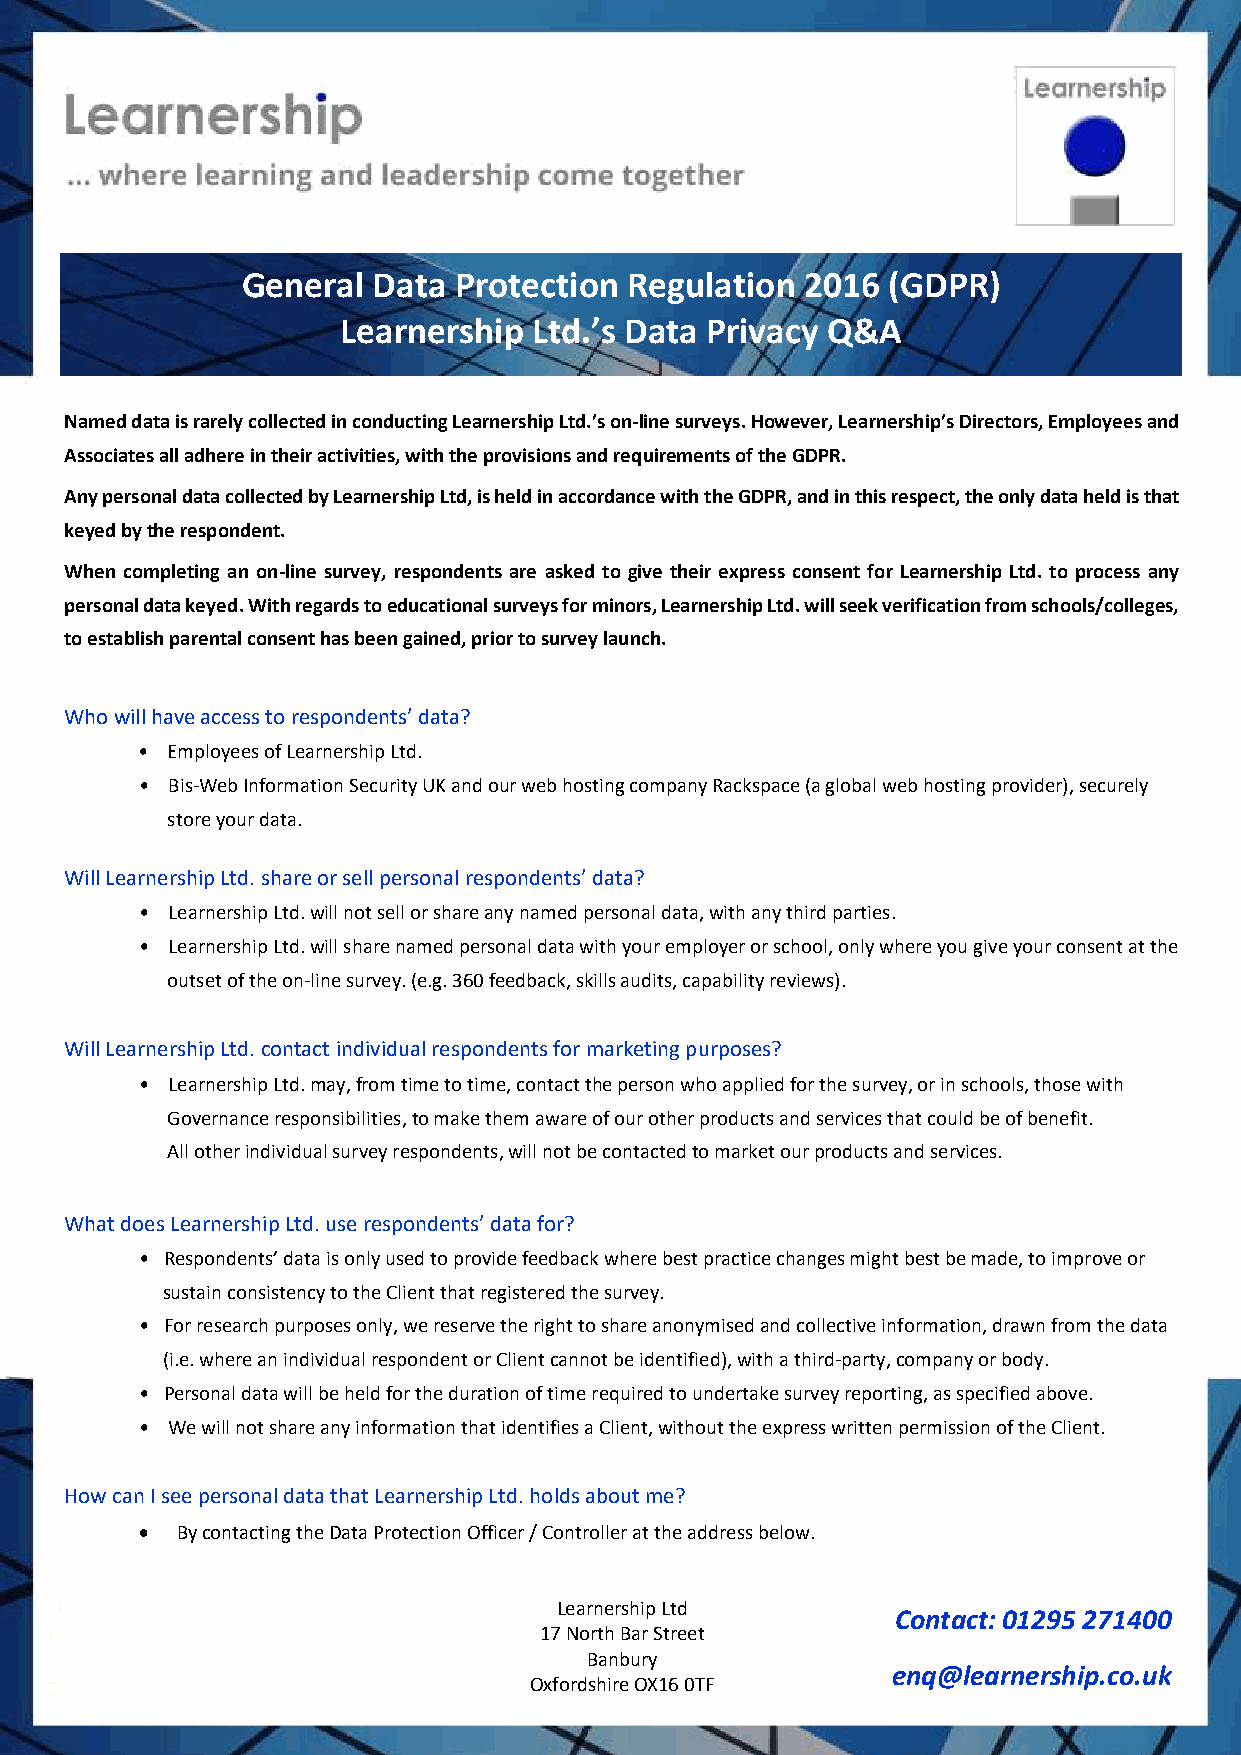
General  Data Protection  Regulation 2016  (GDPR)
 Learnership Ltd.’s Data Privacy Q&A
 Named data is rarely collected in conducting Learnership Ltd.’s on-line surveys. However, Learnership’s Directors, Employees and
 Associates all adhere in their activities, with the provisions and requirements of the GDPR.
 Any personal data collected by Learnership Ltd, is held in accordance with the GDPR, and in this respect, the only data held is that
 ke yed by the respondent.
 When completing an on-line survey, respondents are asked to give their express consent for Learnership Ltd. to process any
 personal data keyed. With regards to educational surveys for minors, Learnership Ltd. will seek verification from schools/colleges,
 to establish parental consent has been gained, prior to survey launch.
 Who will have access to respondents’ data?
 • Employees of Learnership Ltd.
 • Bis-Web Information Security UK and our web hosting company Rackspace (a global web hosting provider), securely
 store your data.
 Will Learnership Ltd. share or sell personal respondents’ data?
 • Learnership Ltd. will not sell or share any named personal data, with any third parties.
 • Learnership Ltd. will share named personal data with your employer or school, only where you give your consent at the
 outset of the on-line survey. (e.g. 360 feedback, skills audits, capability reviews).
 Will Learnership Ltd. contact individual respondents for marketing purposes?
 • Learnership Ltd. may, from time to time, contact the person who applied for the survey, or in schools, those with
 Governance responsibilities, to make them aware of our other products and services that could be of benefit.
 All other individual survey respondents, will not be contacted to market our products and services.
 What does Learnership Ltd. use respondents’ data for?
 • Respondents’ data is only used to provide feedback where best practice changes might best be made, to improve or
 sustain consistency to the Client that registered the survey.
 • For research purposes only, we reserve the right to share anonymised and collective information, drawn from the data
 (i.e. where an individual respondent or Client cannot be identified), with a third-party, company or body.
 • Personal data will be held for the duration of time required to undertake survey reporting, as specified above.
 • We will not share any information that identifies a Client, without the express written permission of the Client.
 How can I see personal data that Learnership Ltd. holds about me?
 •  By contacting the Data Protection Officer / Controller at the address below.
 Learnership Ltd
 Contact: 01295 271400
 17 North Bar Street
 Banbury
 enq@learnership.co.uk
 Oxfordshire OX16 0TF